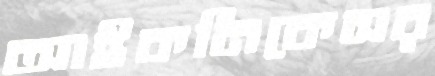
আইকনিকেসর